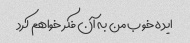
ایده خوب من به آن فکر خواهم کرد